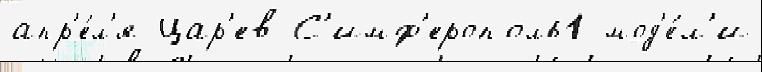
апр'е́л'я Цар'ев С'имф'ерополь1 мод'е́л'и